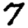
Digit: 7